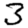
Digit: 3